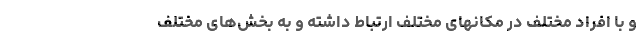
و با افراد مختلف در مکانهای مختلف ارتباط داشته و به بخش‌های مختلف